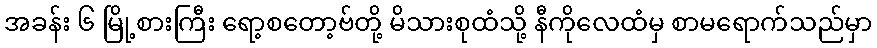
အခန်း ၆ မြို့စားကြီး ရော့စတော့ဗ်တို့ မိသားစုထံသို့ နီကိုလေထံမှ စာမရောက်သည်မှာ